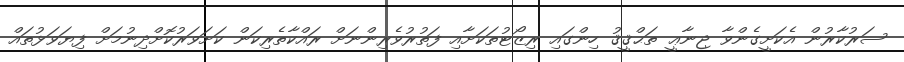
ސަރުކާރުން އެކަށީގެންވާ ޖިނާޢީ ތަޙްޤީޤު ހިންގައި ރިޒޯޓުތަކަށާއި ފަތުރުވެރިންނަށް ރައްކާތެރިކަން ކަށަވަރުކޮށްދިނުމަށް ފިޔަވަޅުތައް